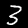
Digit: 3